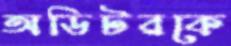
অডিটরকে